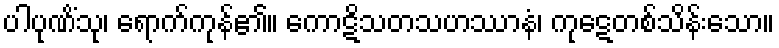
ပါပုဏိံသု၊ ရောက်ကုန်၏။ ကောဋိသတသဟဿာနံ၊ ကုဋေတစ်သိန်းသော။